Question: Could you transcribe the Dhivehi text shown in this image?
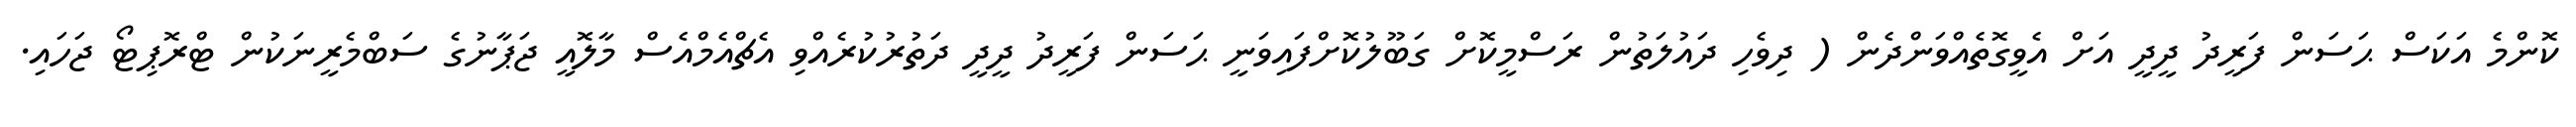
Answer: ކޮންމެ އަކަސް ޙަސަން ފަރީދު ދީދީ އަށް އެވީގޮތެއްވަންދެން ( ދިވެހި ދައުލަތުން ރަސްމީކޮށް ގަބޫލުކޮށްފައިވަނީ ޙަސަން ފަރީދު ދީދީ ދަތުރުކުރެއްވި އެޗްއެމްއެސް މާލޮއީ ޖަޕާނުގެ ސަބްމެރީނަކުން ޓްރޮޕިޓޯ ޖަހައި.